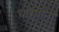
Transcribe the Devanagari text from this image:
धारपांना